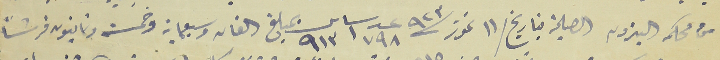
من محكمه البترون العلية بتاريخ / ١١ تموز سنة ٩٢٣ عد ١٧٩٨ ساس ٩١٣ بمبلغ الفان وسبعماية وخمسة وثمانيون قرشاً